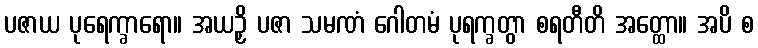
ပဇာယ ပုရေက္ခာရော။ အယဉှိ ပဇာ သမဏံ ဂေါတမံ ပုရက္ခတွာ စရတီတိ အတ္ထော။ အပိ စ